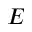
E